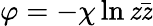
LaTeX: \varphi=-\chi\ln\mathit{z}\bar{{\mathit{z}}}